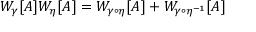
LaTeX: W _ { \gamma } [ A ] W _ { \eta } [ A ] = W _ { \gamma \circ \eta } [ A ] + W _ { \gamma \circ \eta ^ { - 1 } } [ A ]